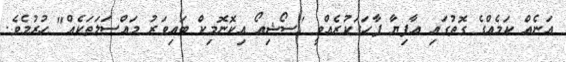
އަނެއް ކަމެއްގެ ގޮތުގައި އާފިޔާ ފާހަގަކުރެއްވީ "ސޯޝިއޯ އިކޮނޮމިކް ބައިވަރު މައްސަލަތަކެއް" ހުރުމެވެ.